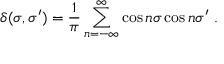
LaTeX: \delta ( \sigma , \sigma ^ { \prime } ) = \frac { 1 } { \pi } \sum _ { n = - \infty } ^ { \infty } \cos n \sigma \cos n \sigma ^ { \prime } \ .